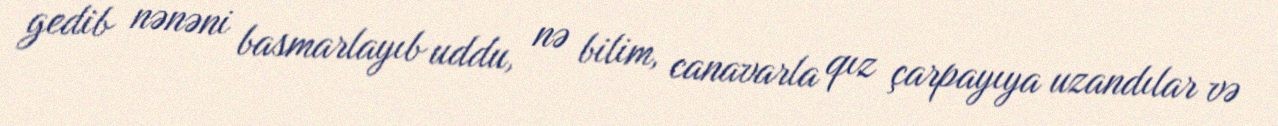
gedib nənəni basmarlayıb uddu, nə bilim, canavarla qız çarpayıya uzandılar və